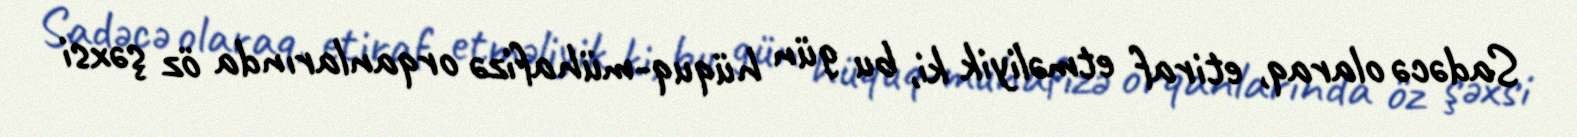
Sadəcə olaraq, etiraf etməliyik ki, bu gün hüquq-mühafizə orqanlarında öz şəxsi